Civil Veterinary Dept. Assam report 1911-1927 - 1911-1927
Year: 1911
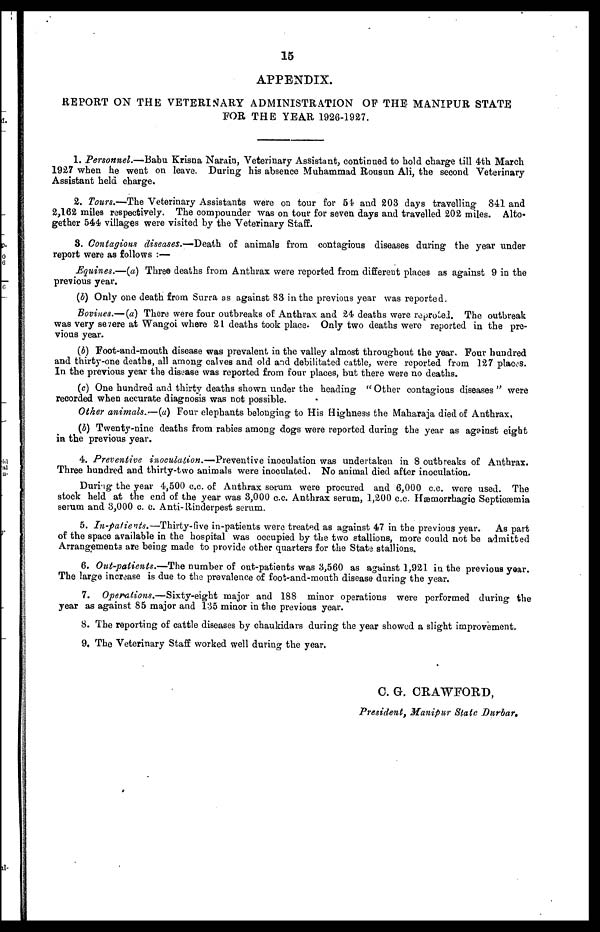
15
APPENDIX.
REPORT ON THE VETERINARY ADMINISTRATION OF THE MANIPUR STATE
FOR THE YEAR 1926-1927.
1. Personnel.—Babu Krisna Narain, Veterinary Assistant, continued to hold charge till 4th March
1927 when he went on leave. During his absence Muhammad Rousun Ali, the second Veterinary
Assistant held charge.
2. Tours.—The Veterinary Assistants were on tour for 54 and 203 days travelling 841 and
2,162 miles respectively. The compounder was on tour for seven days and travelled 202 miles. Alto-
gether 544 villages were visited by the Veterinary Staff.
8. Contagious diseases.-— Death of animals from contagious diseases during the year under
report were as follows :—
Equines.—(a) Three deaths from Anthrax were reported from different places as against 9 in the
previous year.
(b) Only one death from Surra as against 83 in the previous year was reported.
Bovines.— (a) There were four outbreaks of Anthrax and 24 deaths were reproted. The outbreak
was very severe at Wangoi where 21 deaths took place. Only two deaths were reported in the pre-
vious year.
(b) Foot-and-mouth disease was prevalent in the valley almost throughout the year. Four hundred
and thirty-one deaths, all among calves and old and debilitated cattle, were reported from 127 places.
In the previous year the disease was reported from four places, but there were no deaths.
(c) One hundred and thirty deaths shown under the heading " Other contagious diseases " were
recorded when accurate diagnosis was not possible.
Other animals.—(a) Four elephants belonging to His Highness the Maharaja died of Anthrax,
(b) Twenty-nine deaths from rabies among dogs were reported during the year as against eight
in the previous year.
4. Preventive inoculation.-—Preventive inoculation was undertaken in 8 outbreaks of Anthrax.
Three hundred and thirty-two animals were inoculated. No animal died after inoculation.
During the year 4,500 c.c. of Anthrax serum were procured and 6,000 c.c. were used. The
stock held at the end of the year was 3,000 c.c. Anthrax serum, 1,200 c.c. Hæmorrhagic Septicæmia
serum and 3,000 c. c. Anti- Rinderpest serum.
5. In-patients.—Thirty-five
in-patients were treated as against 47 in the previous year. As part
of the space available in the hospital was occupied by the two stallions, more could not be admitted
Arrangements are being made to provide other quarters for the State stallions.
6. Out-patients.—The number of out-patients was 3,560 as against 1,921 in the previous year.
The large increase is due to the prevalence of foot-and-mouth disease during the year.
7. Operations.—Sixty-eight
major and 188 minor operations were performed during the
year as against 85 major and 135 minor in the previous year.
8. The reporting of cattle diseases by chaukidars during the year showed a slight improvement.
9. The Veterinary Staff worked well during the year.
C. G. CRAWFORD,
President, Manipur State Durbar.